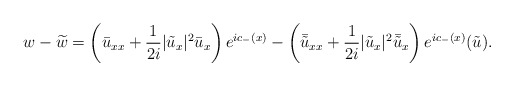
\begin{align*}w-\widetilde{w}=\left(\bar{u}_{xx}+\frac{1}{2 i}|\tilde{u}_x|^2 \bar{u}_x\right)e^{ic_-(x)}-\left(\bar{\tilde{u}}_{xx}+\frac{1}{2i}|\tilde{u}_x|^2 \bar{\tilde{u}}_x\right) e^{ic_-(x)}(\tilde{u}).\end{align*}